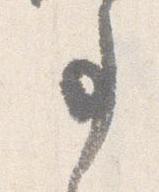
事